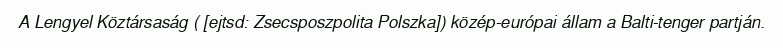
A Lengyel Köztársaság ( [ejtsd: Zsecsposzpolita Polszka]) közép-európai állam a Balti-tenger partján.